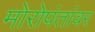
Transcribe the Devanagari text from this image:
मोरोपंतांवर